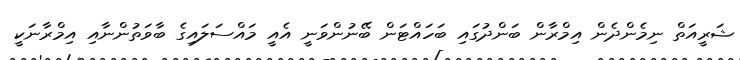
ޝަރީއަތް ނިމެންދެން އިމްރާން ބަންދުގައި ބަހައްޓަން ބޭނުންވަނީ އެއީ މައްސަލައިގެ ބާވަތުންނާއި އިމްރާނަކީ